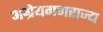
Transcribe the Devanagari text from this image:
अग्रेयगणराज्य